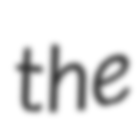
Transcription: the